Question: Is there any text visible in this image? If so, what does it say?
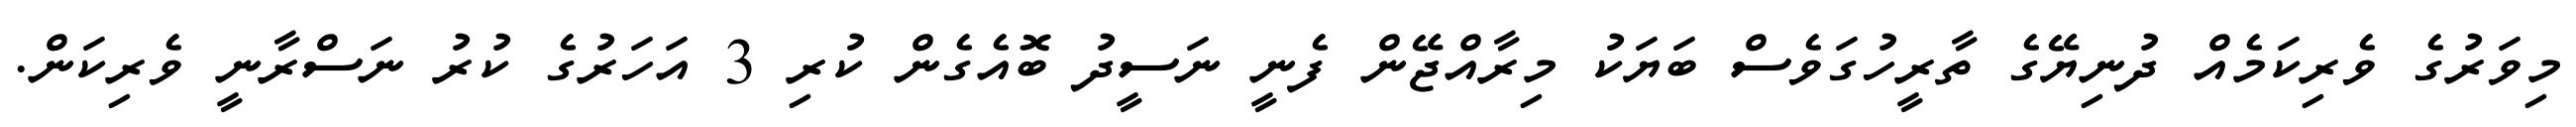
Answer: މިވަރުގެ ވެރިކަމެއް ދުނިޔޭގެ ތާރީހުގަވެސް ބަޔަކު މިރާއްޖޭން ފެނީ ނަސީދު ބޮއެގެން ކުރި 3 އަހަރުގެ ކުރު ނަސްރާނީ ވެރިކަން.